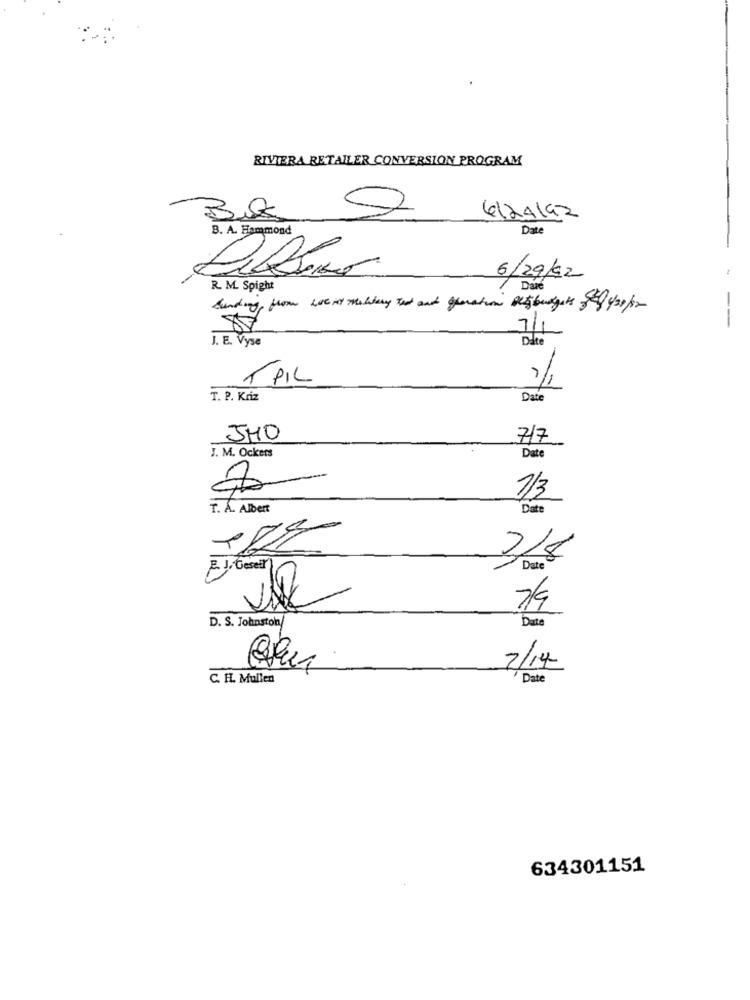
RIVIERA RETAILER CONVERSION PROGRAM
Ba
6124142
B. A. Hammond
Date
-
6/29/92
R. M. Spight
Dave
funding, from weiss mullery tet and glaration Bligbudgets og /20/2
7/1
---
J. E. Vyse
Dite
-PIL
T. P. Kriz
Date
JHO
7/7
J. M. Ockers
Date
1/3
T. A. Albert
Date
3/8
P.J. Gesel
Date
7/9
D. S. Johnston/
Date
2/14
C. F. Mullen
Date
634301151